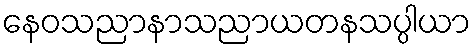
နေဝသညာနာသညာယတနသပ္ပါယာ